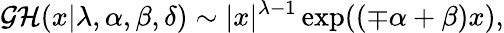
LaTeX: {\cal GH}(x|\lambda,\alpha,\beta,\delta)\sim|x|^{\lambda-1}\exp((\mp\alpha+\beta)x),